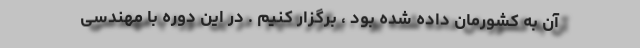
آن به کشورمان داده شده بود ، ‌برگزار کنیم . در این دوره با مهندسی